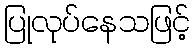
ပြုလုပ်နေသဖြင့်